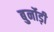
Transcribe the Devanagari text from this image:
बुर्नोड़ी